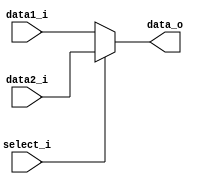
module MUX5
(
	data1_i,
	data2_i,
	select_i,
	data_o
);

input	[4:0]		data1_i, data2_i;
input				select_i;
output	[4:0]		data_o;

assign data_o = (select_i == 1'b0) ? data1_i : data2_i;

endmodule